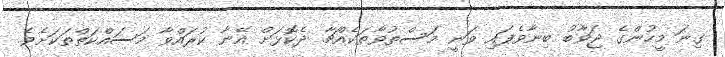
ގިނަ މީހުންގެ ޖަވާބު ބިނާވެފައި ވަނީ މަސްތުވާތަކެއްޗާ ދެކޮޅަށް އޭނާ ކުރައްވާ މަސައްކަތްތަކަށެވެ.